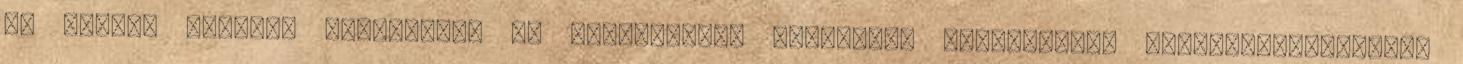
és tettek bolondá családokat az energetikai pályázati lehetőségek meglobogtatásával,